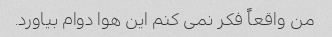
من واقعاً فکر نمی کنم این هوا دوام بیاورد.